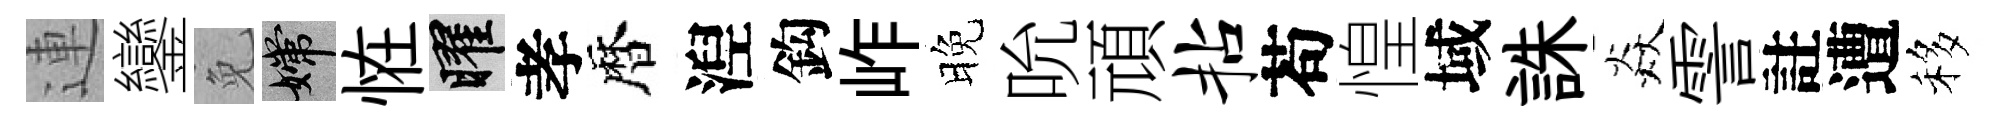
連鑾免嫦恠曜孝暦湼鈎岞晚吮頑拈苟惶域誅焱霅註遭移